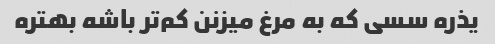
یذره سسی که به مرغ میزنن کم‌تر باشه بهتره